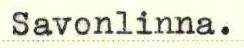
Savonlinna.